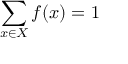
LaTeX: \sum _ { x \in X } f ( x ) = 1